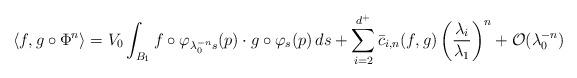
LaTeX: \begin{align*} \langle f, g\circ\Phi^n\rangle &= V_0\int_{B_{1}} f\circ \varphi_{\lambda^{-n}_0s}(p)\cdot g \circ \varphi_{s}(p)\, ds + \sum_{i=2}^{d^+}\bar{c}_{i,n}(f,g)\left(\frac{\lambda_i}{\lambda_1}\right)^n + \mathcal{O}(\lambda^{-n}_0) \\ \end{align*}